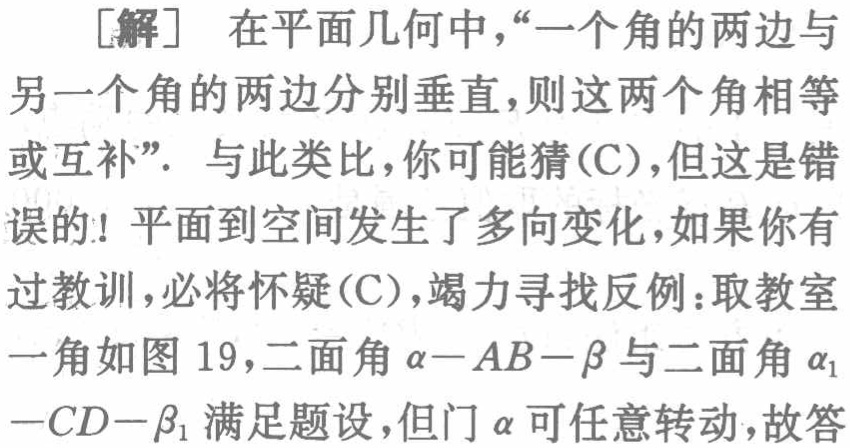
[解] 在平面几何中，“一个角的两边与
另一个角的两边分别垂直，则这两个角相等
或互补”. 与此类比，你可能猜(C)，但这是错
误的! 平面到空间发生了多向变化，如果你有
过教训，必将怀疑(C)，竭力寻找反例：取教室
一角如图 19，二面角\(\alpha - AB - \beta\)与二面角\(\alpha_{1}\)
\(-CD - \beta_{1}\)满足题设，但门\(\alpha\)可任意转动，故答